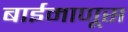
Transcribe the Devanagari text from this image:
बाईमाणूस